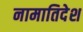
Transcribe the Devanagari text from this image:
नामातिदेश